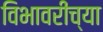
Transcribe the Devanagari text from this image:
विभावरींच्या